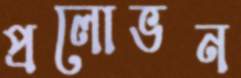
প্রলোভন